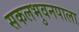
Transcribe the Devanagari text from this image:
सकलभुवनपाला